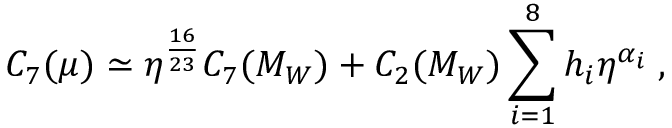
C _ { 7 } ( \mu ) \simeq \eta ^ { \frac { 1 6 } { 2 3 } } C _ { 7 } ( M _ { W } ) + C _ { 2 } ( M _ { W } ) \sum _ { i = 1 } ^ { 8 } h _ { i } \eta ^ { \alpha _ { i } } \; ,